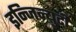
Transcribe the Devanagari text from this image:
इन्जिन्युटी